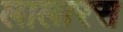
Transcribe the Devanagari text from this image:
लालारस